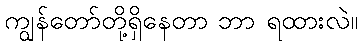
ကျွန်တော်တို့ရှိနေတာ ဘာ ရထားလဲ။